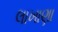
લાખાણા